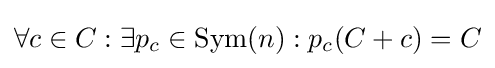
\forall c\in C:\exists p_{c}\in {\text{Sym}}(n):p_{c}(C+c)=C